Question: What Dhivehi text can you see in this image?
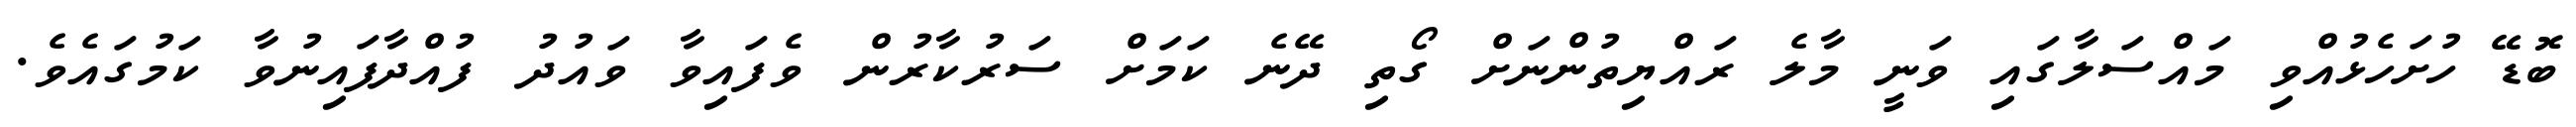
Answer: ބޮޑޭ ހުށަހެޅުއްވި މައްސަލާގައި ވަނީ މާލެ ރައްޔިތުންނަށް ގޯތި ދޭނެ ކަމަށް ސަރުކާރުން ވެފައިވާ ވައުދު ފުއްދާފައިނުވާ ކަމުގައެވެ.